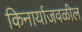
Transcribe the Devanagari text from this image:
किनार्याजवळील